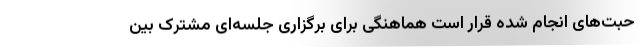
حبت‌های انجام شده قرار است هماهنگی برای برگزاری جلسه‌ای مشترک بین